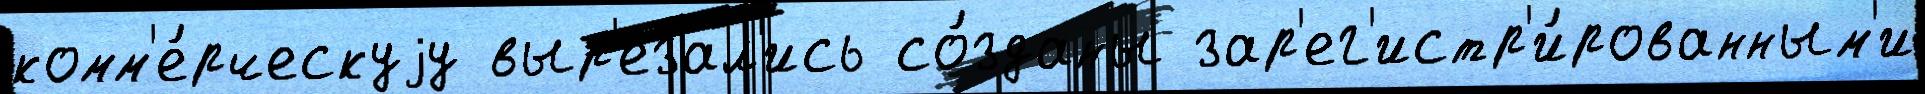
комм'е́рческуjу выр'езал'ись со́зданы зар'ег'истр'и́рованным'и